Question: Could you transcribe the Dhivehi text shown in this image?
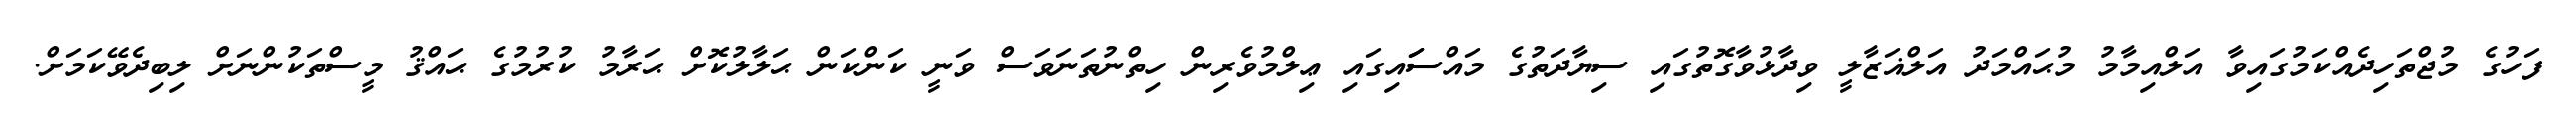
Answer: ފަހުގެ މުޖްތަހިދެއްކަމުގައިވާ އަލްއިމާމު މުޙައްމަދު އަލްޣަޒާލީ ވިދާޅުވާގޮތުގައި ސިޔާދަތުގެ މައްސަައިގައި ޢިލްމުވެރިން ހިތްނުތަނަވަސް ވަނީ ކަންކަން ޙަލާލުކޮށް ޙަރާމު ކުރުމުގެ ޙައްޤު މީސްތަކުންނަށް ލިބިދެވޭކަމަށް.